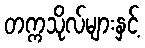
တက္ကသိုလ်များနှင့်